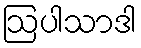
ဩပါသာဒါ